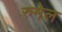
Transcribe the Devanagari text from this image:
रुमेल